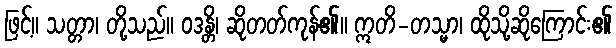
ဖြင့်။ သတ္တာ၊ တို့သည်။ ဝဒန္တိ၊ ဆိုတတ်ကုန်၏။ ဣတိ-တသ္မာ၊ ထိုသို့ဆိုကြောင်း၏